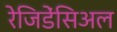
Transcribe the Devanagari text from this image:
रेजिडेंसिअल